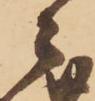
々